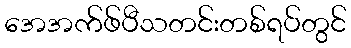
အေအက်ဖ်ပီသတင်းတစ်ရပ်တွင်